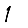
Digit: 1